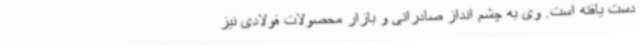
دست یافته است. وی به چشم انداز صادراتی و بازار محصولات فولادی نیز